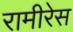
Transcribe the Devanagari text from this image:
रामीरेस